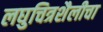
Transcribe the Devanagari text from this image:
लघुचित्रशैलीचा